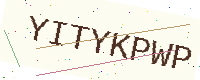
Text: YITYKPWP